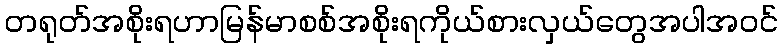
တရုတ်အစိုးရဟာမြန်မာစစ်အစိုးရကိုယ်စားလှယ်တွေအပါအဝင်